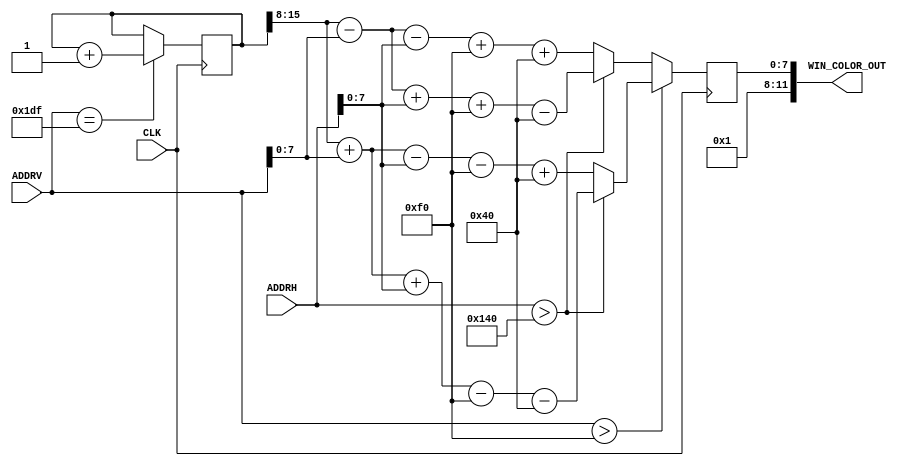
module WIN_State(
    input CLK,
   input [9:0] ADDRH,   
   input [8:0] ADDRV,   
   output [11:0] WIN_COLOR_OUT
    );
    
    parameter WHITE = 12'hfff; 
    parameter RED  = 12'h00f;
    parameter BLACK = 12'h000;
    
      
    assign WIN_COLOR_OUT = {4'b0001,colour_in};  
    reg [7:0] colour_in;     //final input color put into VGA interface  
    
    reg [16:0] FrameCount;
    
     always@(posedge CLK) begin    
     
            if(ADDRV==479) begin
               FrameCount<=FrameCount+1;
            end
         end
         
         always@(posedge CLK) begin
            
               if(ADDRV[8:0]>240) begin
                  if(ADDRH[9:0]>320)
                     colour_in<=FrameCount[15:8]+ADDRV[7:0]+ADDRH[7:0]-240-320;
                  else
                     colour_in<=FrameCount[15:8]+ADDRV[7:0]-ADDRH[7:0]-240+320;
               end
               else begin
                  if(ADDRH>320)
                     colour_in<=FrameCount[15:8]-ADDRV[7:0]+ADDRH[7:0]+240-320;
                  else
                     colour_in<=FrameCount[15:8]-ADDRV[7:0]-ADDRH[7:0]+240+320;
               end
       end
    endmodule